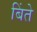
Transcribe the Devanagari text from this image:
बिंते